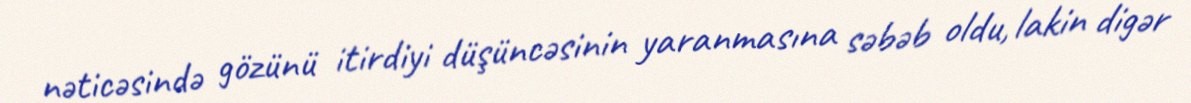
nəticəsində gözünü itirdiyi düşüncəsinin yaranmasına səbəb oldu, lakin digər